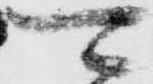
可